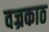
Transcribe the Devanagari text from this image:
वज्रकाठ